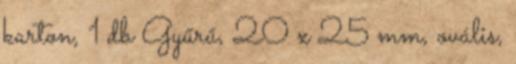
karton, 1 db Gyűrű, 20 x 25 mm, ovális,